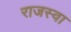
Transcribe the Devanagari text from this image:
राजस्वा